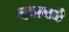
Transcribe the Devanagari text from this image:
दयायचे